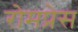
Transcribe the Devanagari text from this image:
रोमप्रेस